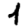
Digit: 1